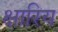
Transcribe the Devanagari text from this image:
क्षारिय